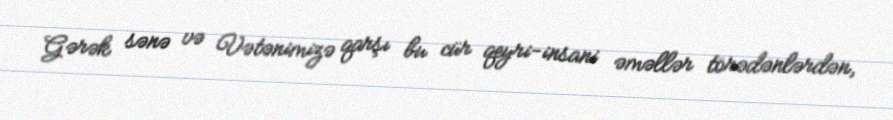
Gərək sənə və Vətənimizə qarşı bu cür qeyri-insani əməllər törədənlərdən,